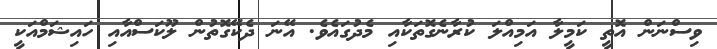
ވިސްނަން އޮތީ ކަމީލާ އަމިއްލަ ކުރާނެގޮތަކާއި މެދުގައެވެ. އޭނަ ދެކޭގޮތުން ލޫކަސްއާއި ހައިޝަމްއަކީ